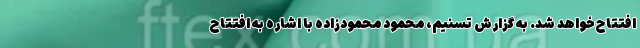
افتتاح خواهد شد. به گزارش تسنیم، محمود محمودزاده با اشاره به افتتاح